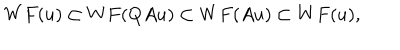
W F ( u ) \subset W F ( Q A u ) \subset W F ( A u ) \subset W F ( u ) ,